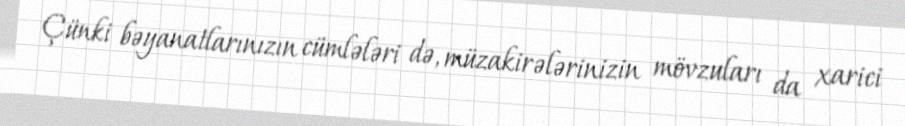
Çünki bəyanatlarınızın cümlələri də, müzakirələrinizin mövzuları da xarici